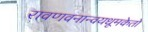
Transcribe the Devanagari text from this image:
रावणवनान्वयधूमकेतो